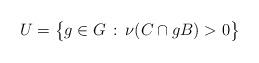
LaTeX: \begin{align*}U = \big\{ g \in G \, : \, \nu(C \cap gB) > 0 \big\} \end{align*}